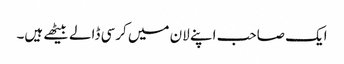
ایک صاحب اپنے لان میں کرسی ڈالے بیٹھے ہیں۔